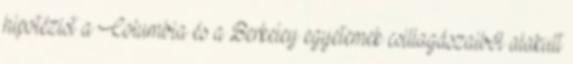
hipotézist a Columbia és a Berkeley egyetemek csillagászaiból alakult